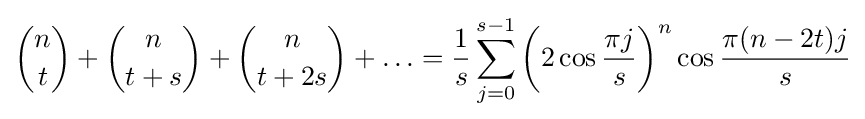
{\binom {n}{t}}+{\binom {n}{t+s}}+{\binom {n}{t+2s}}+\ldots ={\frac {1}{s}}\sum _{j=0}^{s-1}\left(2\cos {\frac {\pi j}{s}}\right)^{n}\cos {\frac {\pi (n-2t)j}{s}}